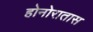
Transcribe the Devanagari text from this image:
होनोरातास